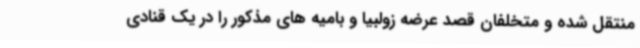
منتقل شده و متخلفان قصد عرضه زولبیا و بامیه های مذکور را در یک قنادی